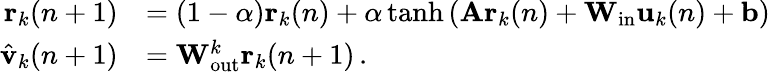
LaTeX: \begin{array}{rl}{\mathbf{r}_{k}(n+1)}&{=\left(1-\alpha\right)\mathbf{r}_{k}(n)+\alpha\operatorname{tanh}\left(\mathbf{A}\mathbf{r}_{k}(n)+\mathbf{W}_{\mathrm{in}}\mathbf{u}_{k}(n)+\mathbf{b}\right)}\\ {\hat{\mathbf{v}}_{k}(n+1)}&{=\mathbf{W}_{\mathrm{out}}^{k}\mathbf{r}_{k}(n+1)\, .}\end{array}